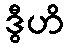
ဒွီဟိ